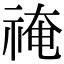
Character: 䄋